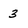
Character: 3